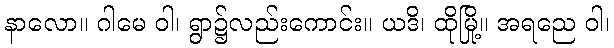
နာလော။ ဂါမေ ဝါ၊ ရွာ၌လည်းကောင်း။ ယဒိ၊ ထိုမြို့။ အရညေ ဝါ၊